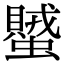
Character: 蠈